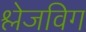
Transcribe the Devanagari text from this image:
श्लेजविग